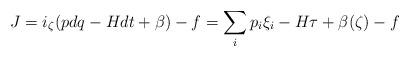
LaTeX: \begin{align*}J=i_\zeta(pdq-Hdt+\beta)-f=\sum_i p_i\xi_i-H\tau+\beta(\zeta)-f\end{align*}